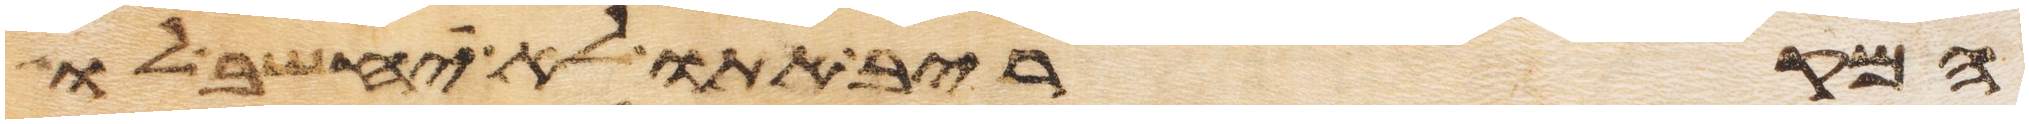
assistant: המקריב אתו לא יחשב לו